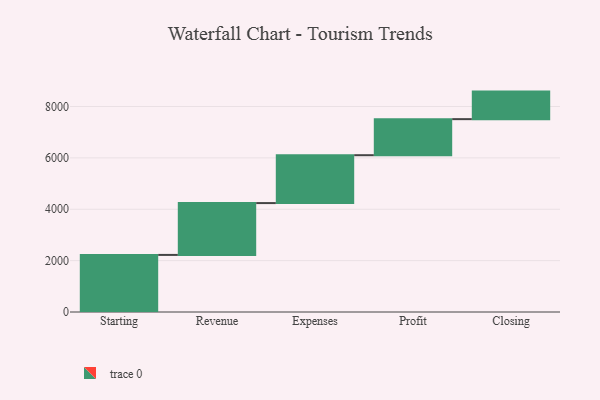
{"axis": {"x": "Step", "y": "Value"}, "legend": [""], "data": [{"x": "Starting", "y": 2222.0, "type": ""}, {"x": "Revenue", "y": 2018.0, "type": ""}, {"x": "Expenses", "y": 1864.0, "type": ""}, {"x": "Profit", "y": 1404.0, "type": ""}, {"x": "Closing", "y": 1072.0, "type": ""}]}